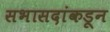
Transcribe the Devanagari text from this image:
सभासदांकडून